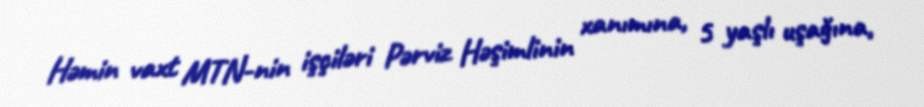
Həmin vaxt MTN-nin işçiləri Pərviz Həşimlinin xanımına, 5 yaşlı uşağına,